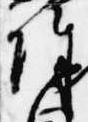
除